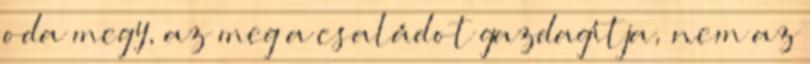
oda megy, az meg a családot gazdagítja, nem az